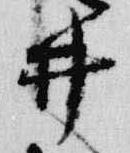
井